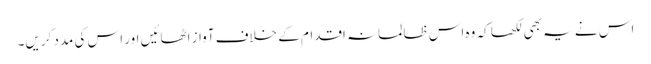
اس نے یہ بھی لکھا کہ وہ اس ظالمانہ اقدام کے خلاف آواز اٹھائیں اور اس کی مدد کریں۔